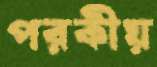
পরকীয়